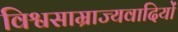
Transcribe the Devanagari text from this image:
विश्वसाम्राज्यवादियों